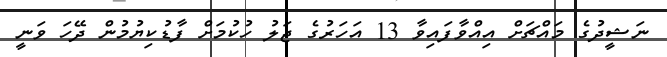
ނަޝީދުގެ މައްޗަށް އިއްވާފައިވާ 13 އަހަރުގެ ޖަލު ހުކުމަށް ފާޑުކިޔުމުން ދޭހަ ވަނީ